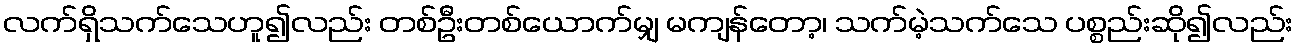
လက်ရှိသက်သေဟူ၍လည်း တစ်ဦးတစ်ယောက်မျှ မကျန်တော့၊ သက်မဲ့သက်သေ ပစ္စည်းဆို၍လည်း